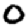
Digit: 0